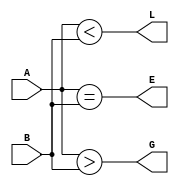
module comparator(A,B,E,G,L);
input A,B;
output E,G,L;
assign E=(A==B);
assign G=(A>B);
assign L=(A<B);
endmodule